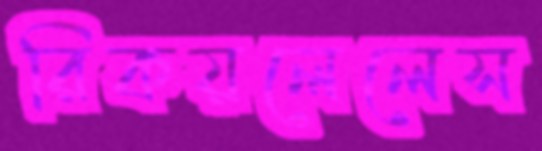
রিকয়লেলেস